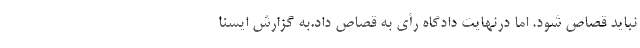
نباید قصاص شود. اما درنهایت دادگاه رأی به قصاص داد.به گزارش ایسنا